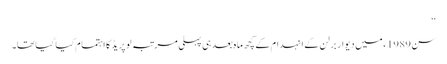
‘‘
سن 1989ء میں دیوار برلن کے انہدام کے کچھ ماہ بعد ہی پہلی مرتبہ لو پریڈ کا اہتمام کیا گیا تھا۔